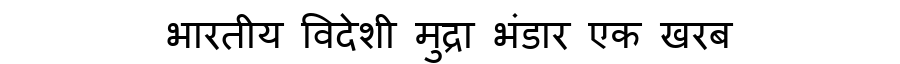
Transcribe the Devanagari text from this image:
भारतीय विदेशी मुद्रा भंडार एक खरब